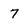
Character: 7